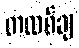
တထစ်ချ